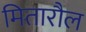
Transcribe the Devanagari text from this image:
मितारौल